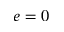
e = 0